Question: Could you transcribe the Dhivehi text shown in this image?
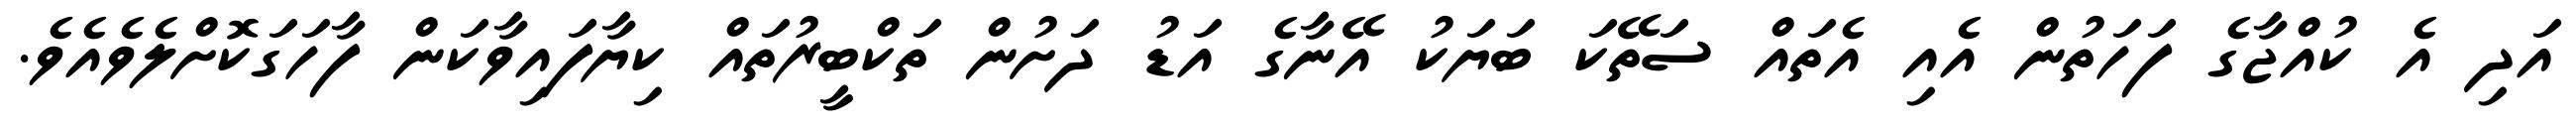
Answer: އަދި އެ ކުއްޖާގެ ފަހަތުން އެއި އެތައް ސަތޭކަ ބަޔަކު އޭނާގެ އަޑު ދަށުން ތަކްބީރުތައް ކިޔާފައިވާކަން ފާހަގަކޮށްލެވެއެވެ.